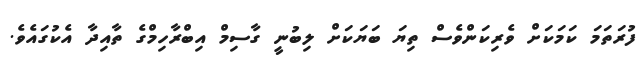
ފުރަތަމަ ކަމަކަށް ވެރިކަންވެސް ތިޔަ ބަޔަކަށް ލިބުނީ ގާސިމް އިބްރާހިމްގެ ތާއިދާ އެކުގައެވެ.